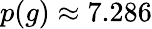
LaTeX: p(g)\approx 7.286